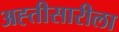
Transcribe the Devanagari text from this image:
अह्तीसारीला